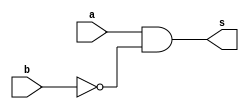
// 821811 - Felipe Rivetti Mizher
// Guia_0504.v 

module f5a ( output s, 
             input  a, 
             input  b ); 
// definir dado local 
   wire not_b; 
   wire a_en_not_b;
// descrever por portas 
   nand NAND1(not_b, b, b);
   nand NAND2(a_and_not_b, a, not_b);
   nand NAND3(s, a_and_not_b, a_and_not_b); 
endmodule // f5a

module f5b ( output s, 
             input  a, 
             input  b ); 
// descrever por expressao 
   assign s = ~(a & ~b); 
endmodule // f5b   

module test_f5; 
// ------------------------- definir dados 
       reg  x; 
       reg  y; 
       wire a, b; 
 
       f5a moduloA ( a, x, y ); 
       f5b moduloB ( b, x, y ); 
 
// ------------------------- parte principal 
 
   initial 
   begin : main 
          $display("Guia_0504 - Felipe Rivetti Mizher - 821811"); 
          $display("Test module"); 
          $display("   x    y    a    b"); 
 
       // projetar testes do modulo 
         $monitor("%4b %4b %4b %4b", x, y, a, b); 
   #1      x = 1'b0;  y = 1'b0; 
   #1      x = 1'b0;  y = 1'b1; 
   #1      x = 1'b1;  y = 1'b0; 
   #1      x = 1'b1;  y = 1'b1; 
 
   end 
 
endmodule // test_f5